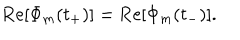
LaTeX: \mathrm { R e } [ \Phi _ { m } ( t _ { + } ) ] = \mathrm { R e } [ \Phi _ { m } ( t _ { - } ) ] .